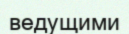
ведущими